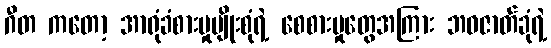
ဂီတ ကတော့ အာရုံခံစားမှုမျိုးစုံရဲ့ စေစားမှုတွေအကြား ဘဝဇာတ်ခုံရဲ့